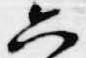
六